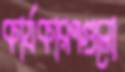
কার্যকারণগুলো